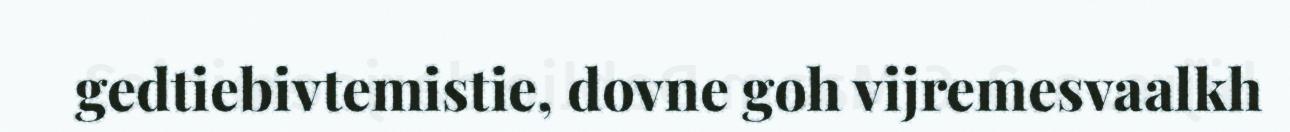
gedtiebivtemistie, dovne goh vijremesvaalkh